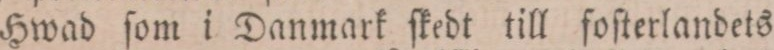
Hwad ſom i Danmark ſkedt till foſterlandets